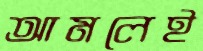
আমলেই